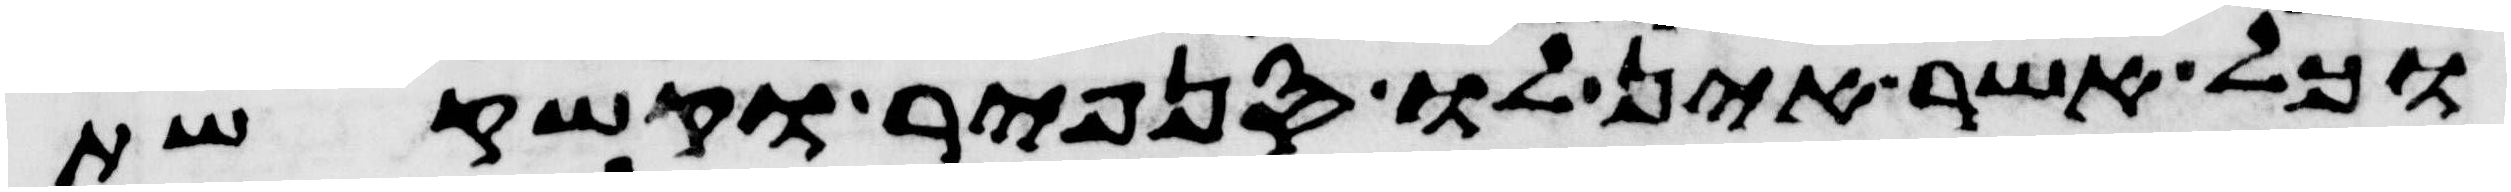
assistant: וכל אשר אין לו סנפיר וקשקשת